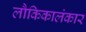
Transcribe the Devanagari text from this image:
लौकिकालंकार